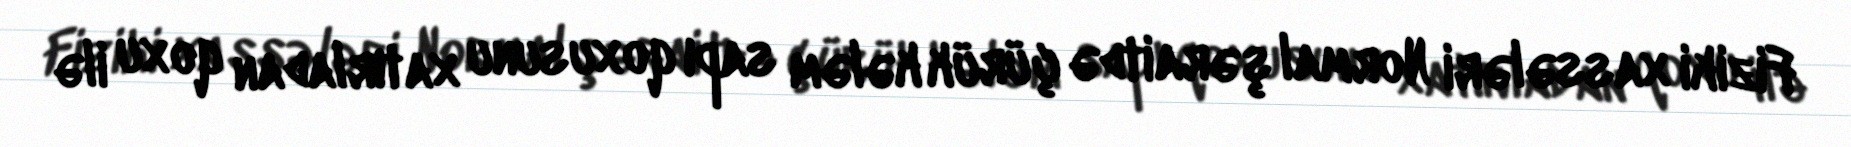
Fiziki xassələri Normal şəraitdə çürük kələm sapı qoxusunu xatırladan qoxu ilə